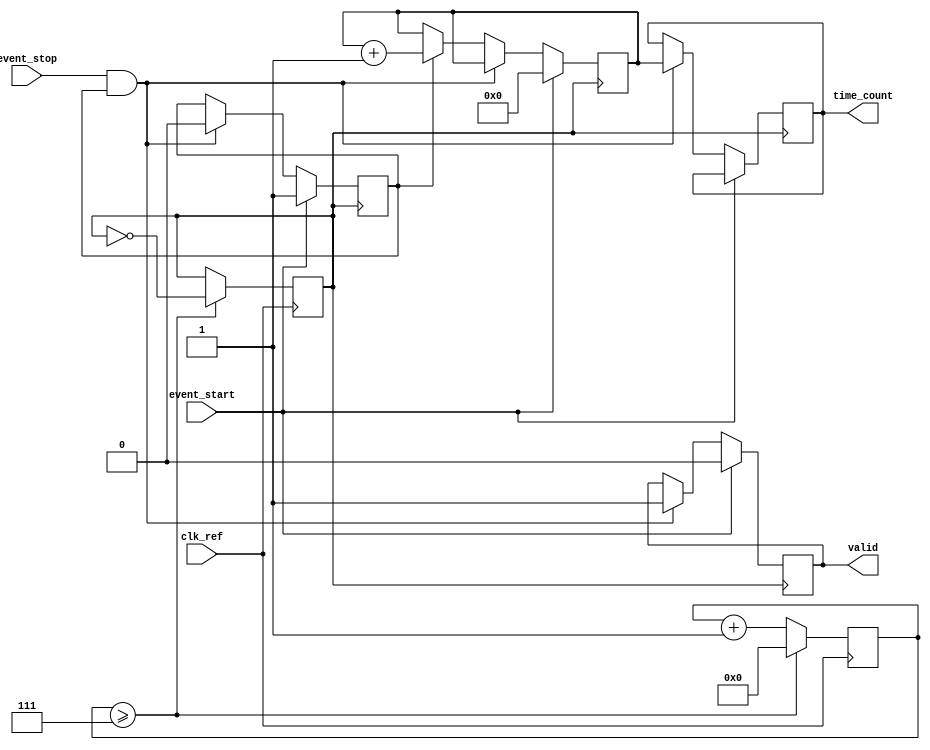
module TDC (
    input wire clk_ref,          // Reference clock input
    input wire event_start,      // Start event signal
    input wire event_stop,       // Stop event signal
    output reg [15:0] time_count, // Measured time interval in clock cycles
    output reg valid             // Output valid signal
);

    // PLL parameters
    parameter PLL_MULTIPLIER = 8; // Multiplier for VCO frequency
    reg clk_vco;                   // VCO output clock
    reg [3:0] pll_counter;         // Simple PLL counter for frequency generation

    // Counter for measuring time intervals
    reg [15:0] counter;            // Time interval counter
    reg measuring;                 // Flag to indicate measuring state

    // PLL Simulation (simple model)
    always @(posedge clk_ref) begin
        pll_counter <= pll_counter + 1;
        if (pll_counter >= PLL_MULTIPLIER - 1) begin
            clk_vco <= ~clk_vco;   // Toggle VCO output clock
            pll_counter <= 0;
        end
    end

    // Time Measurement Logic
    always @(posedge clk_vco) begin
        if (event_start) begin
            counter <= 0;          // Reset counter on start event
            measuring <= 1;        // Start measuring
            valid <= 0;            // Clear valid signal
        end else if (event_stop && measuring) begin
            time_count <= counter; // Capture the counter value
            measuring <= 0;        // Stop measuring
            valid <= 1;            // Indicate valid output
        end else if (measuring) begin
            counter <= counter + 1; // Increment counter while measuring
        end
    end

    // Initial conditions
    initial begin
        clk_vco = 0;               // Initialize VCO clock
        counter = 0;               // Initialize counter
        time_count = 0;            // Initialize time count
        measuring = 0;             // Initialize measuring flag
        valid = 0;                 // Initialize valid signal
    end

endmodule